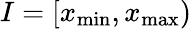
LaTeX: I=[x_{\mathrm{min}},x_{\mathrm{max}})